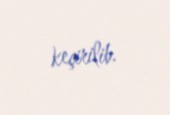
keçirilib.